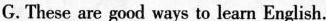
G. These are good ways to learn English.